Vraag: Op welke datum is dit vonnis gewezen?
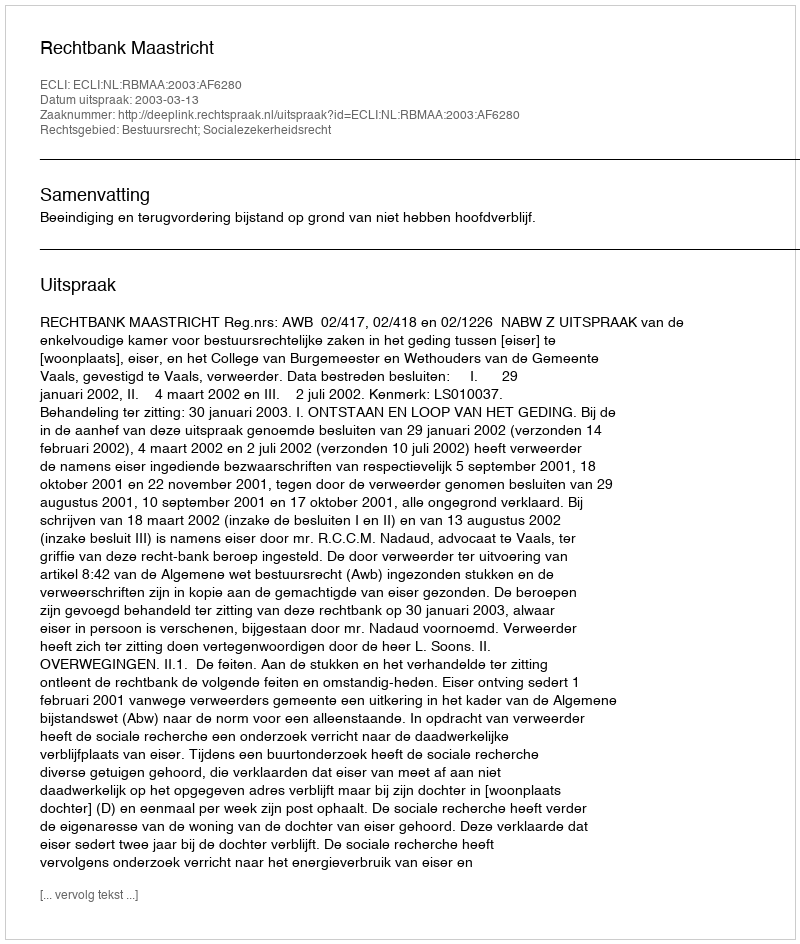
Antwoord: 2003-03-13